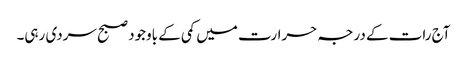
آج رات کے درجہ حرارت میں کمی کے باوجود صبح سردی رہی۔